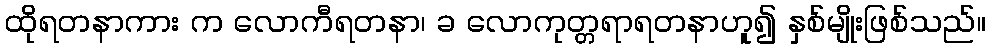
ထိုရတနာကား က လောကီရတနာ၊ ခ လောကုတ္တရာရတနာဟူ၍ နှစ်မျိုးဖြစ်သည်။